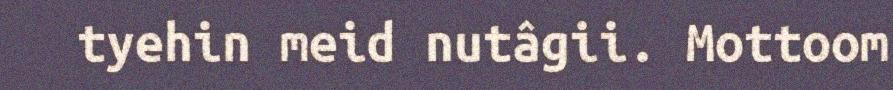
tyehin meid nutâgii. Mottoom